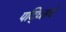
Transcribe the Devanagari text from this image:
पद्ध्तिचे